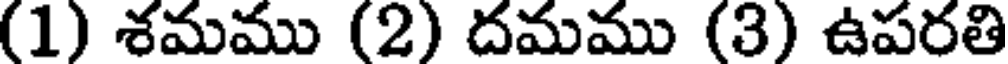
(1) శమము (2) దమము (3) ఉపరతి